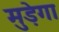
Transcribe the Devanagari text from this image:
मुड़ेगा